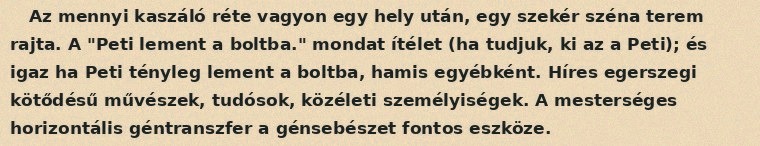
Az mennyi kaszáló réte vagyon egy hely után, egy szekér széna terem rajta. A "Peti lement a boltba." mondat ítélet (ha tudjuk, ki az a Peti); és igaz ha Peti tényleg lement a boltba, hamis egyébként. Híres egerszegi kötődésű művészek, tudósok, közéleti személyiségek. A mesterséges horizontális géntranszfer a génsebészet fontos eszköze.